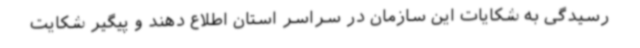
رسیدگی به شکایات این سازمان در سراسر استان اطلاع دهند و پیگیر شکایت